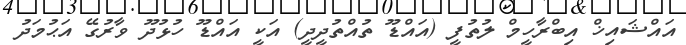
އައްޝައިޚް އިބްރާހީމް ލުތުފީ (އައްޑޫ ތުއްތުދީދީ) އަކީ އައްޑޫ ހުޅުދޫ ވާރުގޭ އަޙުމަދު